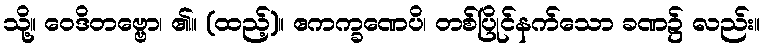
သို့။ ဝေဒိတဗ္ဗော၊ ၏။ (ထည့်)။ ဧကက္ခဏေပိ၊ တစ်ပြိုင်နက်သော ခဏ၌ လည်း။